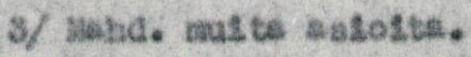
3/ Mahd. muita asioita.